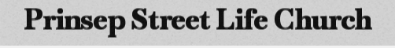
Prinsep Street Life Church